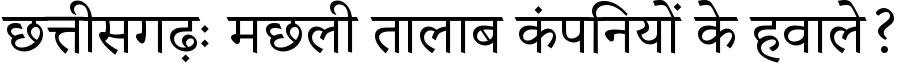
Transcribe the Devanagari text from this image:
छत्तीसगढ़ः मछली तालाब कंपनियों के हवाले?